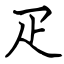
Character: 疋